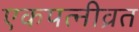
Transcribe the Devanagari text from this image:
एकपत्‍नीव्रत